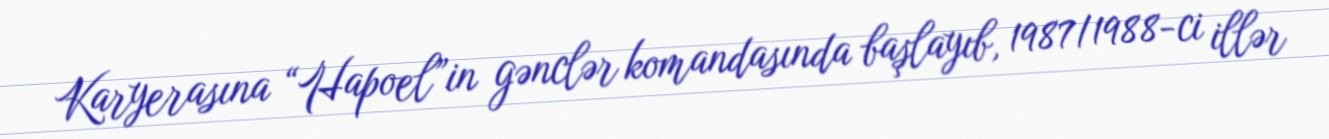
Karyerasına “Hapoel”in gənclər komandasında başlayıb, 1987/1988-ci illər